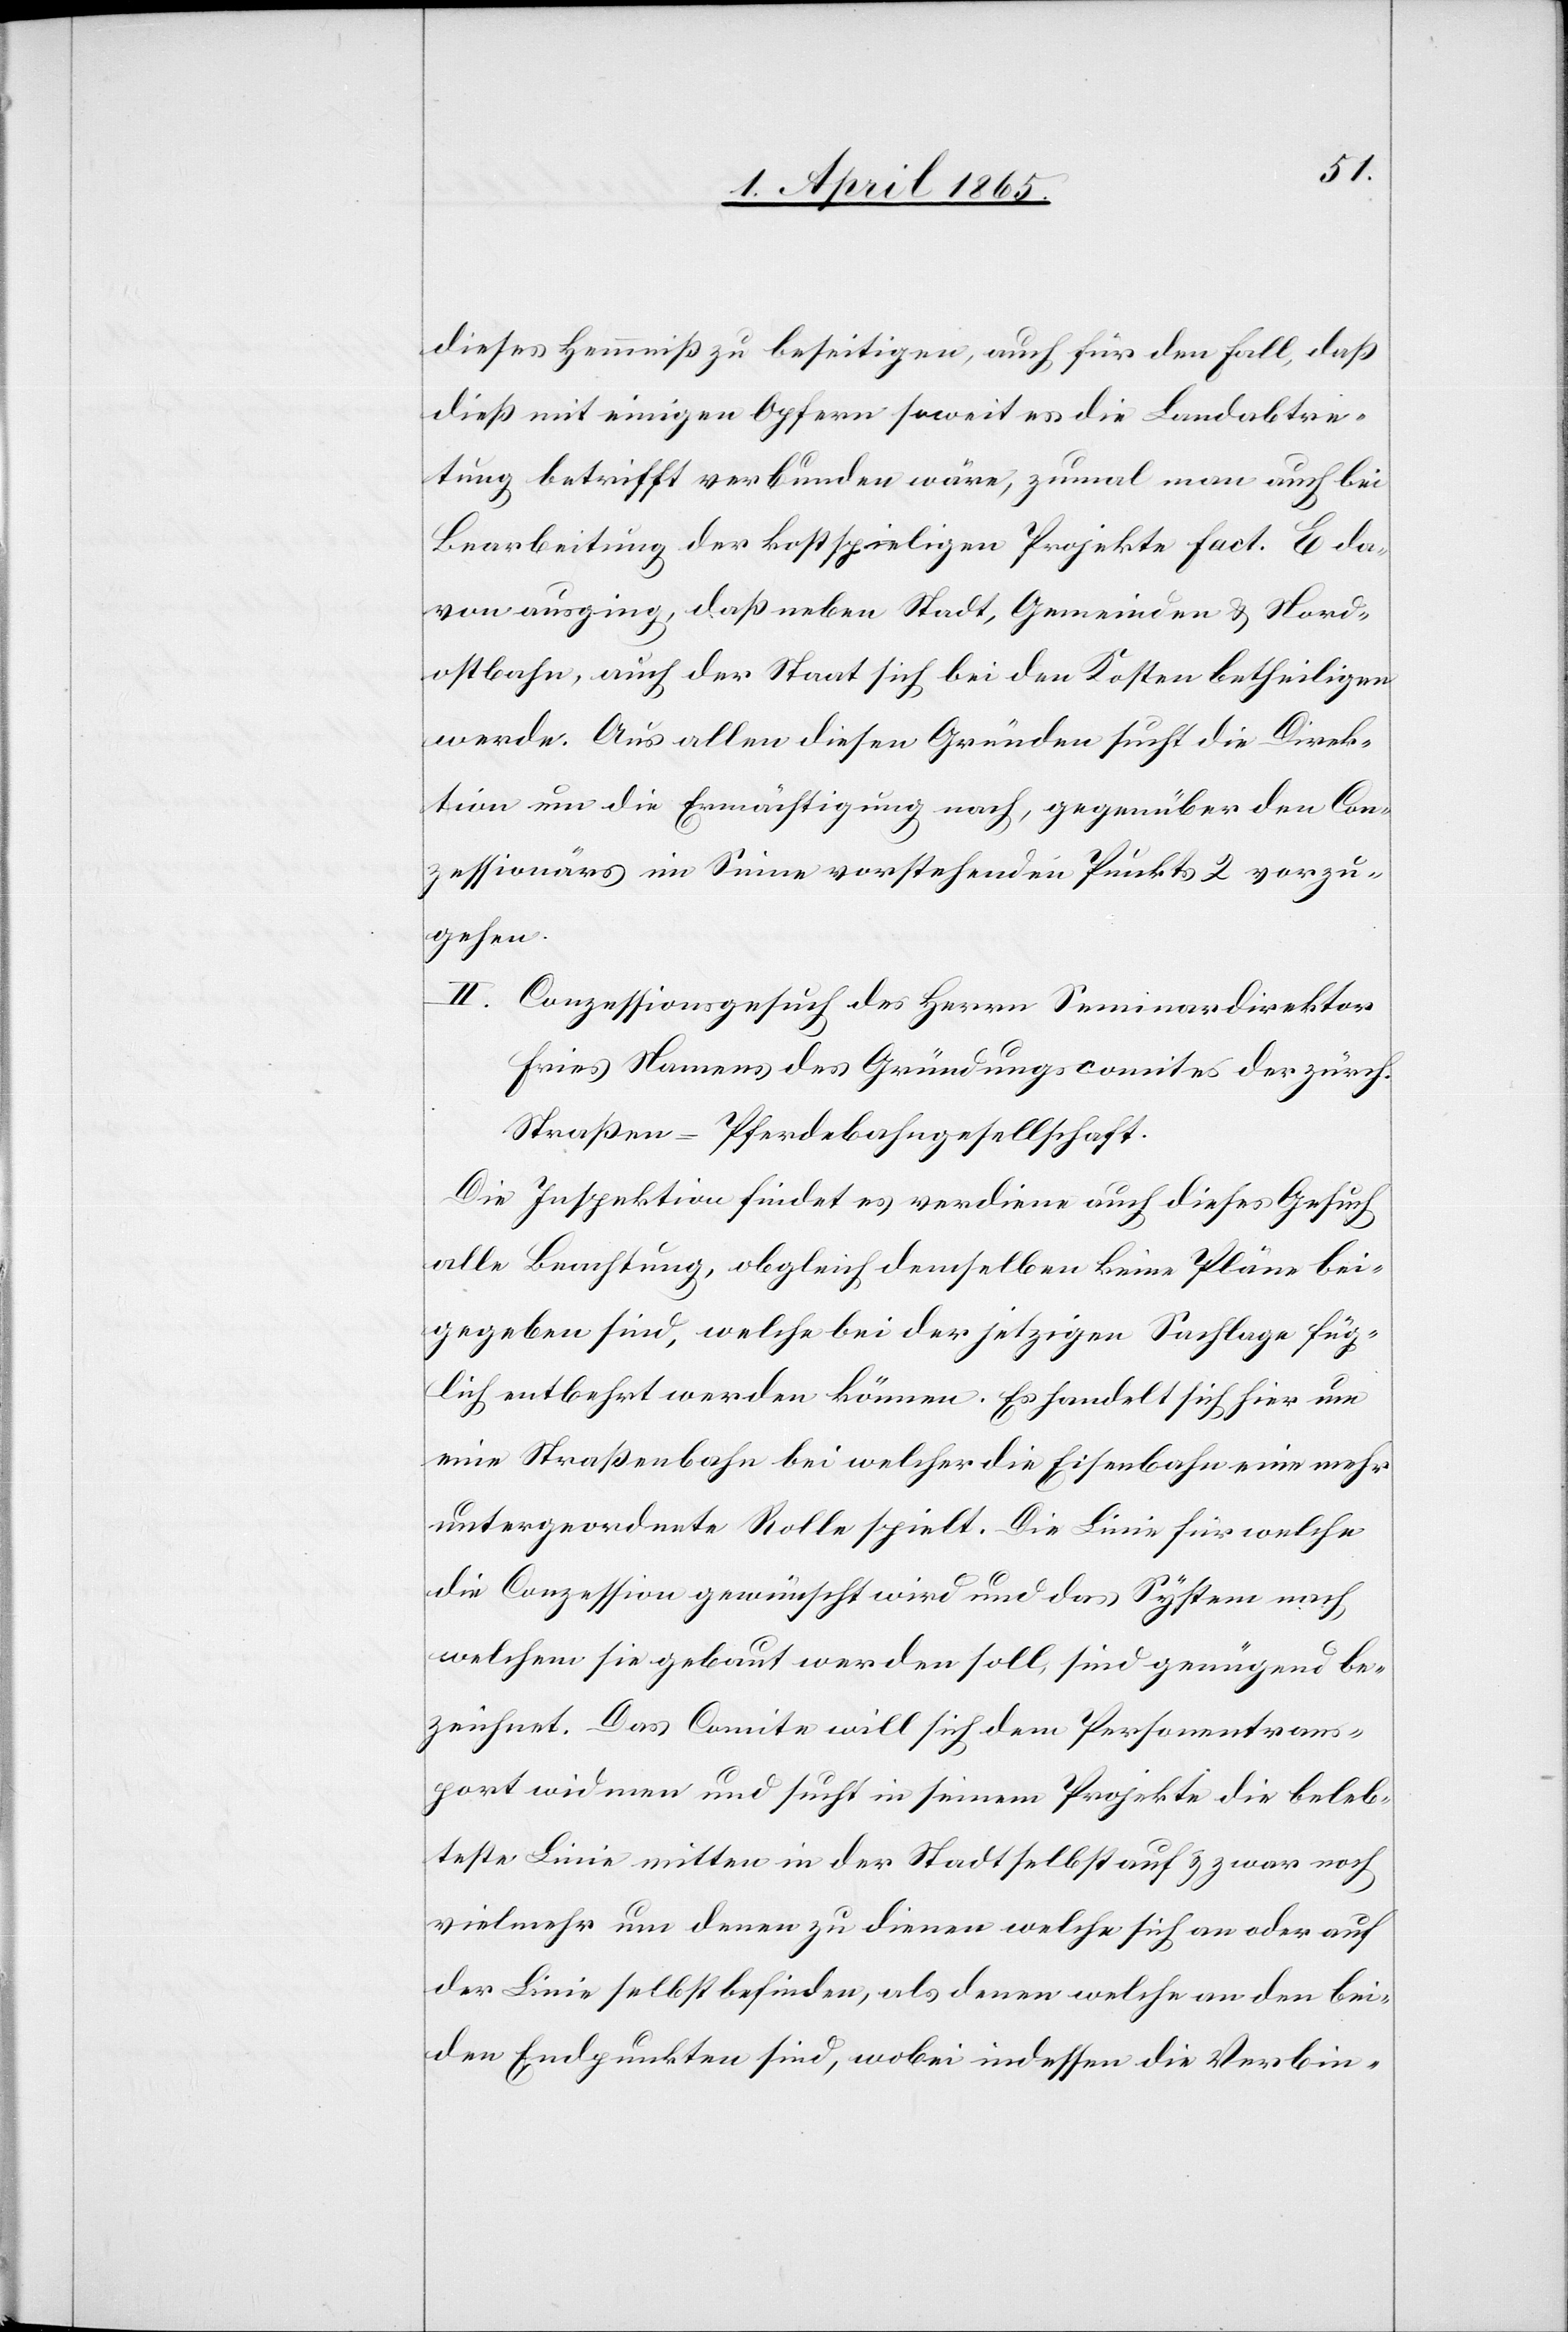
dieses Hemmniß zu beseitigen, auch für den Fall, daß
dieß mit einigen Opfern soweit es die Landabtre¬
tung betrifft verbunden wäre, zumal man auch bei
Bearbeitung der kostspieligen Projekte Fact. E da¬
von ausging, daß neben Stadt, Gemeinden & Nord¬
ostbahn, auch der Staat sich bei den Kosten betheiligen
werde. Aus allen diesen Gründen sucht die Direk¬
tion um die Ermächtigung nach, gegenüber den Con¬
zessionärs im Sinne vorstehenden Punkts 2 vorzu¬
gehen.
II. Conzessionsgesuch des Herrn Seminardirektor
Fries Namens des Gründungscomites der zürch.
Straßen-Pferdebahngesellschaft.
Die Inspektion findet es verdiene auch dieses Gesuch
alle Beachtung, obgleich demselben keine Pläne bei¬
gegeben sind, welche bei der jetzigen Sachlage füg¬
lich entbehrt werden können. Es handelt sich hier um
eine Straßenbahn bei welcher die Eisenbahn eine mehr
untergeordnete Rolle spielt. Die Linie für welche
die Conzession gewünscht wird und das System nach
welchem sie gebaut werden soll, sind genügend be¬
zeichnet. Das Comite will sich dem Personentrans¬
port widmen und sucht in seinem Projekte die beleb¬
teste Linie mitten in der Stadt selbst auf [recte:
vielmehr um denen zu dienen welche sich an oder auf
der Linie selbst befinden, als denen welche an den bei¬
den Endpunkten sind, wobei indessen die Verbin-